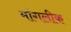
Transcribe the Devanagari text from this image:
मांगलीक